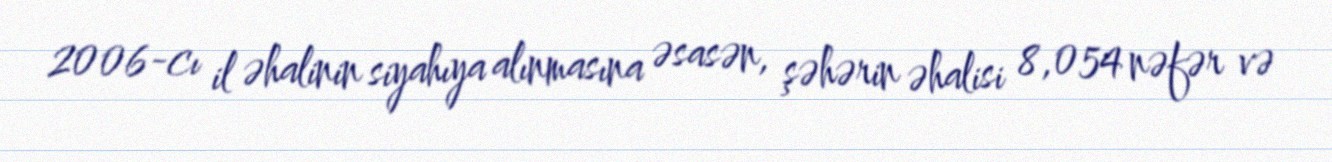
2006-cı il əhalinin siyahıya alınmasına əsasən, şəhərin əhalisi 8,054 nəfər və